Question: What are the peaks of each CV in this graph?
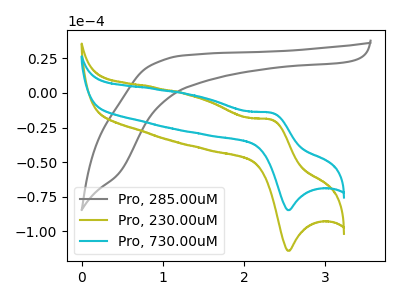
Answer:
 <answer>The gray curve "Pro, 285.00uM" has no peaks. The olive curve "Pro, 230.00uM" has an anodic peak at (2.35V, -19.55uA) and a cathodic peak at (2.55V, -113.95uA). The cyan curve "Pro, 730.00uM" has an anodic peak at (2.35V, -14.50uA) and a cathodic peak at (2.55V, -84.60uA).</answer>
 <eval></eval>